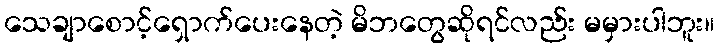
သေချာစောင့်ရှောက်ပေးနေတဲ့ မိဘတွေဆိုရင်လည်း မမှားပါဘူး။